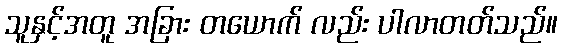
သူနှင့်အတူ အခြား တယောက် လည်း ပါလာတတ်သည်။